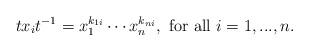
LaTeX: \begin{align*}tx_it^{-1} = x_1^{k_{1i}} \cdots x_n^{k_{ni}}, \ \mathrm{for \ all} \ i = 1,..., n.\end{align*}